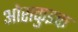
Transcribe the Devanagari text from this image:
ओराकुइक